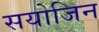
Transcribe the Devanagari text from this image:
सयोजिन